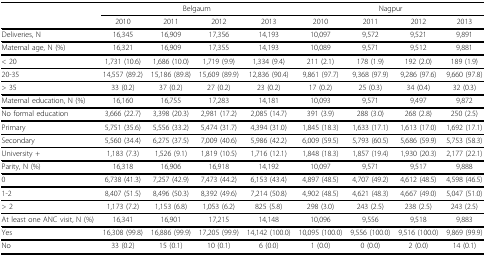
<table><thead><tr><td></td><td colspan="4"><b>Belgaum</b></td><td colspan="4"><b>Nagpur</b></td></tr><tr><td></td><td><b>2010</b></td><td><b>2011</b></td><td><b>2012</b></td><td><b>2013</b></td><td><b>2010</b></td><td><b>2011</b></td><td><b>2012</b></td><td><b>2013</b></td></tr></thead><tbody><tr><td>Deliveries, N</td><td>16,345</td><td>16,909</td><td>17,356</td><td>14,193</td><td>10,097</td><td>9,572</td><td>9,521</td><td>9,891</td></tr><tr><td>Maternal age, N (%)</td><td>16,321</td><td>16,909</td><td>17,355</td><td>14,193</td><td>10,089</td><td>9,571</td><td>9,512</td><td>9,881</td></tr><tr><td>&lt; 20</td><td>1,731 (10.6)</td><td>1,686 (10.0)</td><td>1,719 (9.9)</td><td>1,334 (9.4)</td><td>211 (2.1)</td><td>178 (1.9)</td><td>192 (2.0)</td><td>189 (1.9)</td></tr><tr><td>20-35</td><td>14,557 (89.2)</td><td>15,186 (89.8)</td><td>15,609 (89.9)</td><td>12,836 (90.4)</td><td>9,861 (97.7)</td><td>9,368 (97.9)</td><td>9,286 (97.6)</td><td>9,660 (97.8)</td></tr><tr><td>&gt; 35</td><td>33 (0.2)</td><td>37 (0.2)</td><td>27 (0.2)</td><td>23 (0.2)</td><td>17 (0.2)</td><td>25 (0.3)</td><td>34 (0.4)</td><td>32 (0.3)</td></tr><tr><td>Maternal education, N (%)</td><td>16,160</td><td>16,755</td><td>17,283</td><td>14,181</td><td>10,093</td><td>9,571</td><td>9,497</td><td>9,872</td></tr><tr><td>No formal education</td><td>3,666 (22.7)</td><td>3,398 (20.3)</td><td>2,981 (17.2)</td><td>2,085 (14.7)</td><td>391 (3.9)</td><td>288 (3.0)</td><td>268 (2.8)</td><td>250 (2.5)</td></tr><tr><td>Primary</td><td>5,751 (35.6)</td><td>5,556 (33.2)</td><td>5,474 (31.7)</td><td>4,394 (31.0)</td><td>1,845 (18.3)</td><td>1,633 (17.1)</td><td>1,613 (17.0)</td><td>1,692 (17.1)</td></tr><tr><td>Secondary</td><td>5,560 (34.4)</td><td>6,275 (37.5)</td><td>7,009 (40.6)</td><td>5,986 (42.2)</td><td>6,009 (59.5)</td><td>5,793 (60.5)</td><td>5,686 (59.9)</td><td>5,753 (58.3)</td></tr><tr><td>University +</td><td>1,183 (7.3)</td><td>1,526 (9.1)</td><td>1,819 (10.5)</td><td>1,716 (12.1)</td><td>1,848 (18.3)</td><td>1,857 (19.4)</td><td>1,930 (20.3)</td><td>2,177 (22.1)</td></tr><tr><td>Parity, N (%)</td><td>16,318</td><td>16,906</td><td>16,918</td><td>14,192</td><td>10,097</td><td>9,571</td><td>9,517</td><td>9,888</td></tr><tr><td>0</td><td>6,738 (41.3)</td><td>7,257 (42.9)</td><td>7,473 (44.2)</td><td>6,153 (43.4)</td><td>4,897 (48.5)</td><td>4,707 (49.2)</td><td>4,612 (48.5)</td><td>4,598 (46.5)</td></tr><tr><td>1-2</td><td>8,407 (51.5)</td><td>8,496 (50.3)</td><td>8,392 (49.6)</td><td>7,214 (50.8)</td><td>4,902 (48.5)</td><td>4,621 (48.3)</td><td>4,667 (49.0)</td><td>5,047 (51.0)</td></tr><tr><td>&gt; 2</td><td>1,173 (7.2)</td><td>1,153 (6.8)</td><td>1,053 (6.2)</td><td>825 (5.8)</td><td>298 (3.0)</td><td>243 (2.5)</td><td>238 (2.5)</td><td>243 (2.5)</td></tr><tr><td>At least one ANC visit, N (%)</td><td>16,341</td><td>16,901</td><td>17,215</td><td>14,148</td><td>10,096</td><td>9,556</td><td>9,518</td><td>9,883</td></tr><tr><td>Yes</td><td>16,308 (99.8)</td><td>16,886 (99.9)</td><td>17,205 (99.9)</td><td>14,142 (100.0)</td><td>10,095 (100.0)</td><td>9,556 (100.0)</td><td>9,516 (100.0)</td><td>9,869 (99.9)</td></tr><tr><td>No</td><td>33 (0.2)</td><td>15 (0.1)</td><td>10 (0.1)</td><td>6 (0.0)</td><td>1 (0.0)</td><td>0 (0.0)</td><td>2 (0.0)</td><td>14 (0.1)</td></tr></tbody></table>